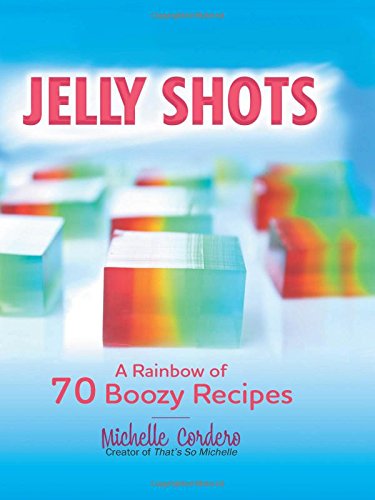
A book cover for Jelly Shots: A Rainbow of 70 Boozy Recipes; Michelle Cordero; Cookbooks, Food & Wine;